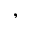
,